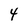
Character: 4